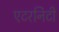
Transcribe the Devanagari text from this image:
एटरनिटी